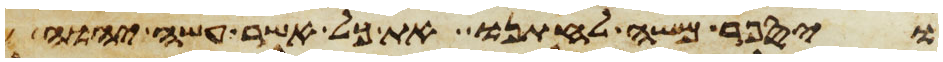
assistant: ויספר משה לחתנו את כל אשר עשה יהוה